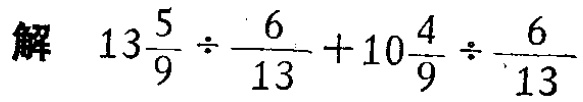
解 \(13\frac{5}{9}\div\frac{6}{13}+10\frac{4}{9}\div\frac{6}{13}\)